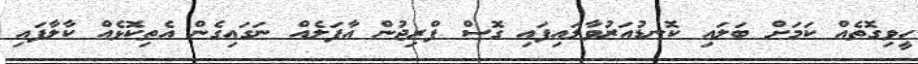
ހީވިގޮތެއް ކަމަށް ބަލައި ކޮނޑުއަރުވާލައިފައި ގޮސް ފްރިޖުން އާފަލެއް ނަގައިގެން އެތިކޮޅެއް ކާލާފައި